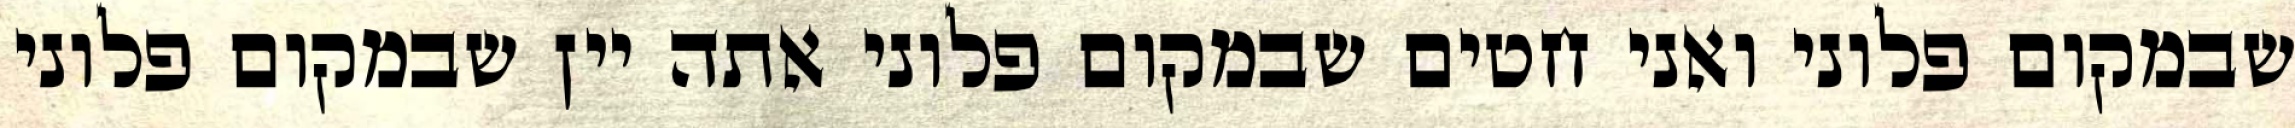
שבמקום פלוני ואני חטים שבמקום פלוני אתה יין שבמקום פלוני